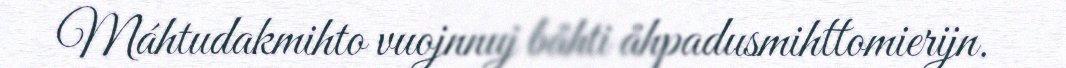
Máhtudakmihto vuojnnuj båhti åhpadusmihttomierijn.